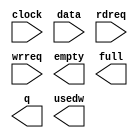
module fifo_99x128 (
	clock,
	data,
	rdreq,
	wrreq,
	empty,
	full,
	q,
	usedw);

	input	  clock;
	input	[98:0]  data;
	input	  rdreq;
	input	  wrreq;
	output	  empty;
	output	  full;
	output	[98:0]  q;
	output	[6:0]  usedw;

endmodule